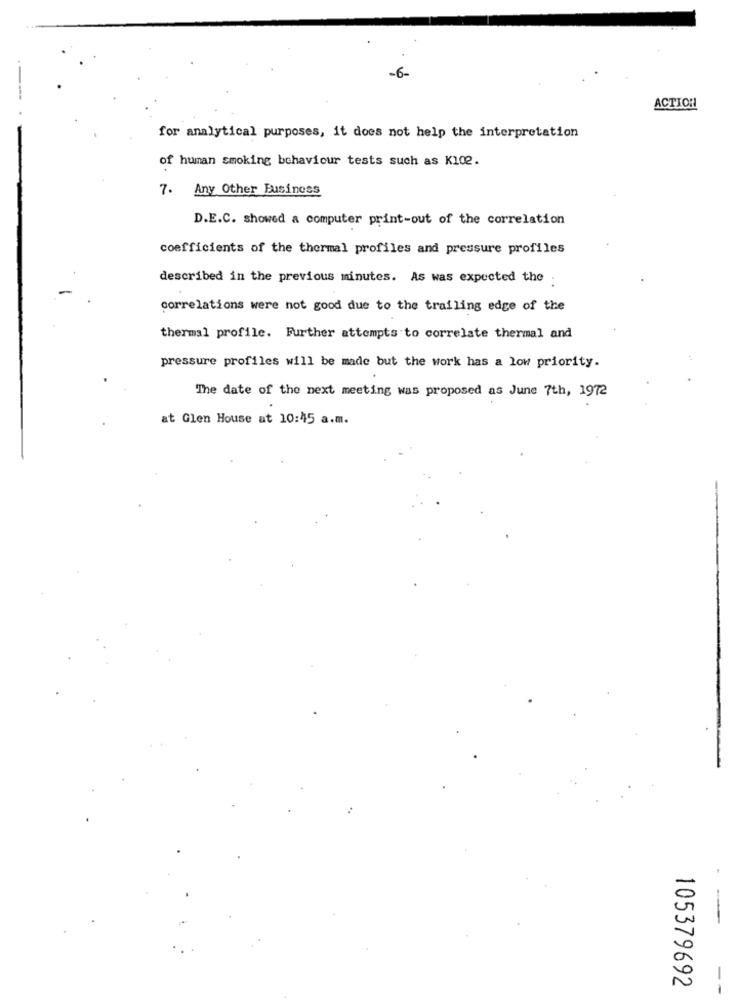
-6-
ACTION
for analytical purposes, it does not help the interpretation
of human smoking behaviour tests such as K102.
Any Other Business
D.E.C. showed a computer print-out of the correlation
coefficients of the thermal profiles and pressure profiles
described in the previous minutes. As was expected the
correlations were not good due to the trailing edge of the
thermal profile. Further attempts to correlate thermal and
pressure profiles will be made but the work has a low priority.
The date of the next meeting was proposed as June 7th, 1972
at Glen House at 10:45 a.m.
105379692